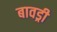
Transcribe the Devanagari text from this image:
बावड्री